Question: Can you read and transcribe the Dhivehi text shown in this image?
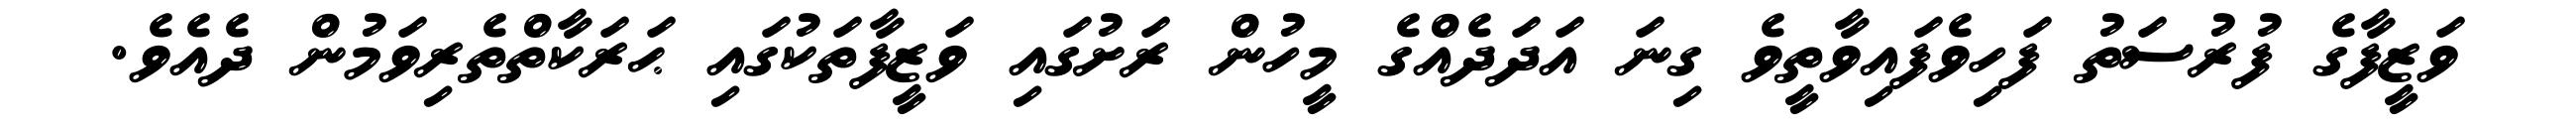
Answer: ވަޒީފާގެ ފުރުސަތު ފަހިވެފައިވާތީވެ ގިނަ އަދަދެއްގެ މީހުން ރަށުގައި ވަޒީފާތަކުގައި ޙަރަކާތްތެރިވަމުން ދެއެވެ.